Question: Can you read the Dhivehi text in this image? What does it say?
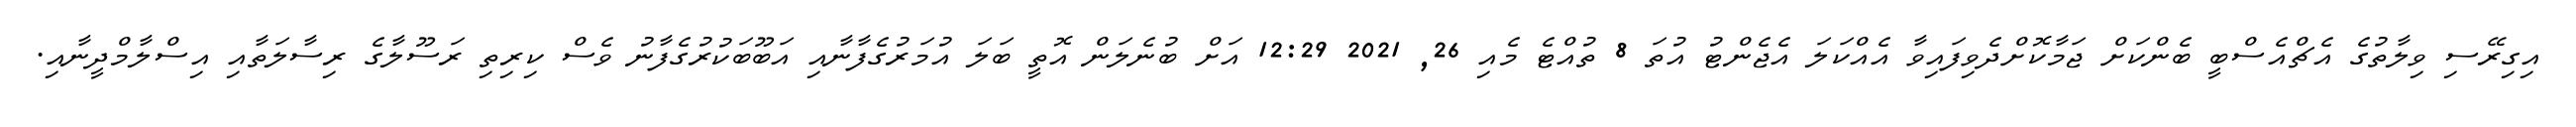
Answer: އިގިރޭސި ވިލާތުގެ އެޗްއެސްބީ ބެންކަށް ޖަމާކޮށްދެވިފައިވާ އެއްކަލަ އެޖެންޓު އުތަ 8 ތުއްޓެ މެއި 26, 2021 12:29 އަށް ބުނެލަން އޮތީ ބަލަ އުމަރުގެފާނާއި އަބޫބަކުރުގެފާނު ވެސް ކިރިތި ރަސޫލާގެ ރިސާލަތާއި އިސްލާމްދީނާއި.